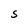
Character: S